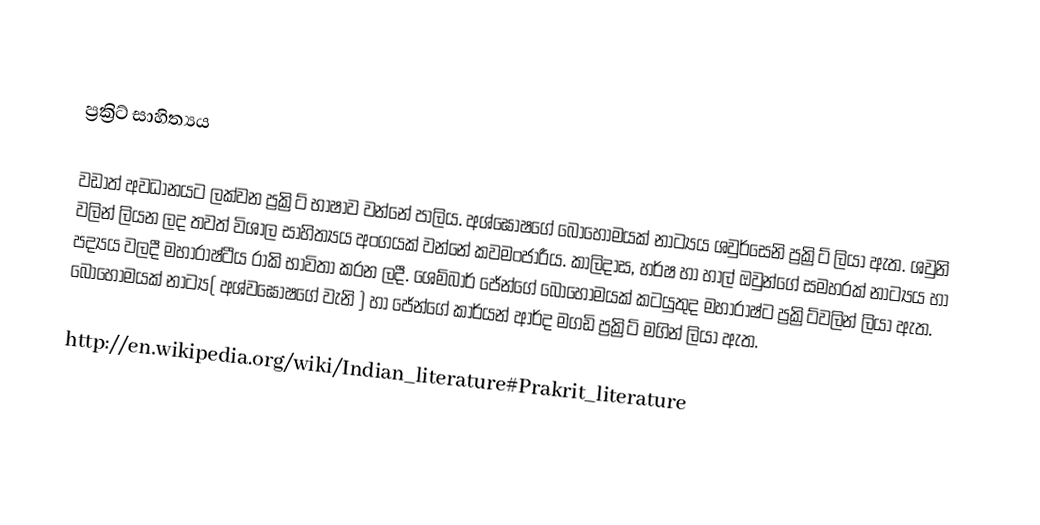

ප්‍රක්‍රිට් සාහිත්‍යය

වඩාත් අවධානයට ලක්වන ප්‍රක්‍රිට් භාෂාව වන්නේ පාලිය. අශ්ඝෝෂගේ බොහොමයක් නාට්‍යය  ශවුර්සෙනි ප්‍රක්‍රිට්  ලියා ඇත. ශවුනි වලින් ලියන ලද තවත් විශාල සාහිත්‍යය අංගයක් වන්නේ කවමංජාරීය. කාලිදාස, හර්ෂ හා හාල් ඔවුන්ගේ සමහරක් නාට්‍යය හා පද්‍යය වලදී මහාරාෂ්ටීය රාකි භාවිතා කරන ලදී. ශෙම්බාර් ජේන්ගේ බොහොමයක් කටයුතුද මහාරාෂ්ට ප්‍රක්‍රිට්වලින් ලියා ඇත. බොහොමයක් නාට්‍ය( අශ්වඝෝෂගේ වැනි ) හා ජේන්ගේ කාර්යන් ආර්ද මගඩි ප්‍රක්‍රිට් මගින් ලියා ඇත.

http://en.wikipedia.org/wiki/Indian_literature#Prakrit_literature